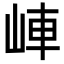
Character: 𡷖